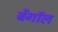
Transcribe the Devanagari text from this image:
बेंगाॅल